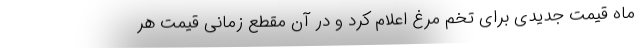
ماه قیمت جدیدی برای تخم مرغ اعلام کرد و در آن مقطع زمانی قیمت هر